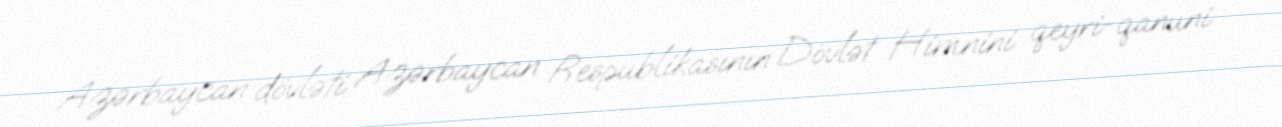
Azərbaycan dövləti Azərbaycan Respublikasının Dövlət Himnini qeyri-qanuni